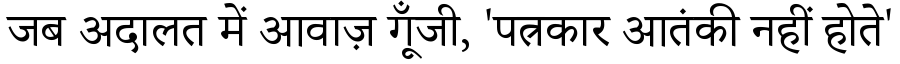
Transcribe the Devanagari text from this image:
जब अदालत में आवाज़ गूँजी, 'पत्रकार आतंकी नहीं होते'